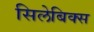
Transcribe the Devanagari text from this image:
सिलेबिक्स